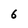
Character: 6